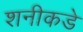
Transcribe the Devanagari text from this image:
शनीकडे